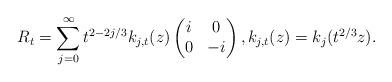
LaTeX: \begin{align*}R_t = \sum_{j=0}^\infty t^{2- 2j/3} k_{j,t}(z) \begin{pmatrix} i & 0 \\ 0 & -i \end{pmatrix}, k_{j,t}(z) = k_j(t^{2/3} z).\end{align*}